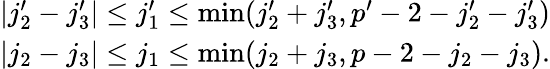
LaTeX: \begin{array}{c}{{|j_{2}^{\prime}-j_{3}^{\prime}|\leq j_{1}^{\prime}\leq\operatorname*{min}(j_{2}^{\prime}+j_{3}^{\prime},p^{\prime}-2-j_{2}^{\prime}-j_{3}^{\prime})}}\\ {{|j_{2}-j_{3}|\leq j_{1}\leq\operatorname*{min}(j_{2}+j_{3},p-2-j_{2}-j_{3}).}}\end{array}